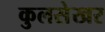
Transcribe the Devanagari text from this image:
कुलसेखर